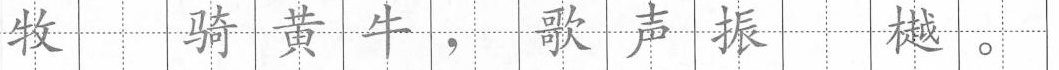
牧 骑黄牛，歌声振 樾。